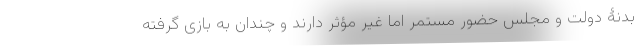
بدنۀ دولت و مجلس حضور مستمر اما غیر مؤثر دارند و چندان به بازی گرفته